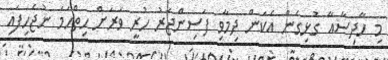
މި ހާދިސާއާ ގުޅިގެން އެކަން ދިމާވި ފަސިންޖަރު ހުރީ ވަރަށް ހިތްހަމަ ނުޖެހިފައި